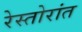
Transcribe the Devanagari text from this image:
रेस्तोरांत